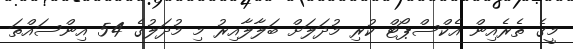
މީގެ ތެރެއިން އެކްސްޕޯޓް ކުރި މުދަލަށް ބަލާލާއިރު މި މުދަލުގެ 54 އިންސައްތަ